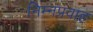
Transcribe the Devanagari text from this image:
निम्नप्रवाह